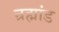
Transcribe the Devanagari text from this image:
न्रह्मांड